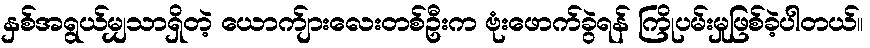
နှစ်အရွယ်မျှသာရှိတဲ့ ယောက်ျားလေးတစ်ဦးက ဗုံးဖောက်ခွဲရန် ကြိုပမ်းမှုဖြစ်ခဲ့ပါတယ်။